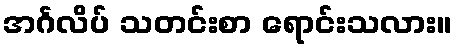
အင်္ဂလိပ် သတင်းစာ ရောင်းသလား။